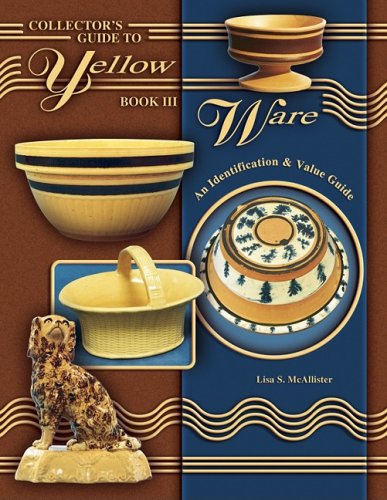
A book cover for Collector's Guide to Yellow Ware, Book III: An Identification & Value Guide; Lisa S. McAllister; Crafts, Hobbies & Home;